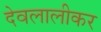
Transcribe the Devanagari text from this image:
देवलालीकर